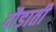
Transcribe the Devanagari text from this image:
दौड़ाती